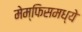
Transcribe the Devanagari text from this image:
मेम्फिसमध्ये